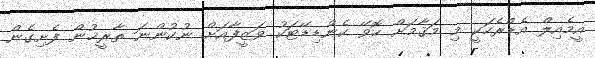
އީމެއިލް އެޑްރެހަކީ މި މަޤާމަށް ހޮވޭ ކެންޑިޑޭޓަކު ވަޒީފާއަށް ނުކުންނަ ތާރީޚުން ފެށިގެން